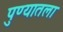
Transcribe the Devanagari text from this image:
पुण्यातला